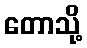
တောသို့